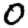
Digit: 0